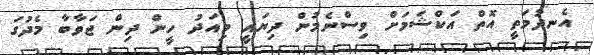
އެނދުމަތީ އޮތް އަކްޝަމަށް ވިސްނެމުން ދިޔައީ މިއަދު ހީން ދިން ޖަވާބާ މެދުގަ